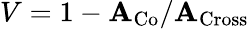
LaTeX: V=1-\mathbf{A}_{\mathrm{{Co}}}/\mathbf{A}_{\mathrm{{Cross}}}